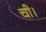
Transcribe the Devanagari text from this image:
ची।